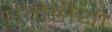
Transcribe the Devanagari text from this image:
एमेडीयो